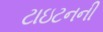
ટાઇટનની